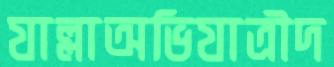
যাল্লাঅভিযাত্রীদ